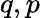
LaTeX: q,p